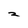
Character: 2